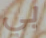
بي